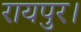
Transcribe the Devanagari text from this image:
रायपुर।